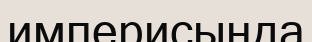
империсында